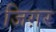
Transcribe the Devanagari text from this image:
जिग़र